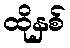
ထိုနှစ်